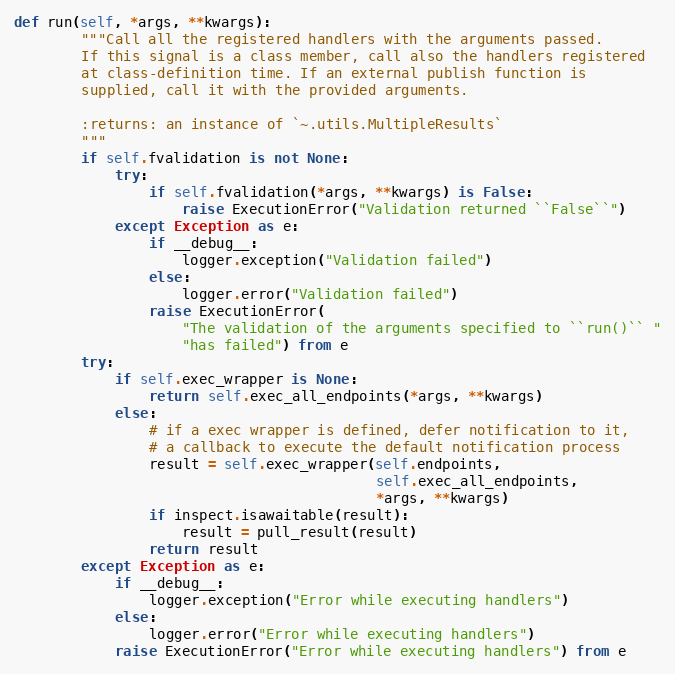
Language: Python
def run(self, *args, **kwargs):
        """Call all the registered handlers with the arguments passed.
        If this signal is a class member, call also the handlers registered
        at class-definition time. If an external publish function is
        supplied, call it with the provided arguments.

        :returns: an instance of `~.utils.MultipleResults`
        """
        if self.fvalidation is not None:
            try:
                if self.fvalidation(*args, **kwargs) is False:
                    raise ExecutionError("Validation returned ``False``")
            except Exception as e:
                if __debug__:
                    logger.exception("Validation failed")
                else:
                    logger.error("Validation failed")
                raise ExecutionError(
                    "The validation of the arguments specified to ``run()`` "
                    "has failed") from e
        try:
            if self.exec_wrapper is None:
                return self.exec_all_endpoints(*args, **kwargs)
            else:
                # if a exec wrapper is defined, defer notification to it,
                # a callback to execute the default notification process
                result = self.exec_wrapper(self.endpoints,
                                           self.exec_all_endpoints,
                                           *args, **kwargs)
                if inspect.isawaitable(result):
                    result = pull_result(result)
                return result
        except Exception as e:
            if __debug__:
                logger.exception("Error while executing handlers")
            else:
                logger.error("Error while executing handlers")
            raise ExecutionError("Error while executing handlers") from e